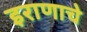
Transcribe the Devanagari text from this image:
इराणाचे